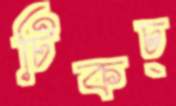
টিকচ্